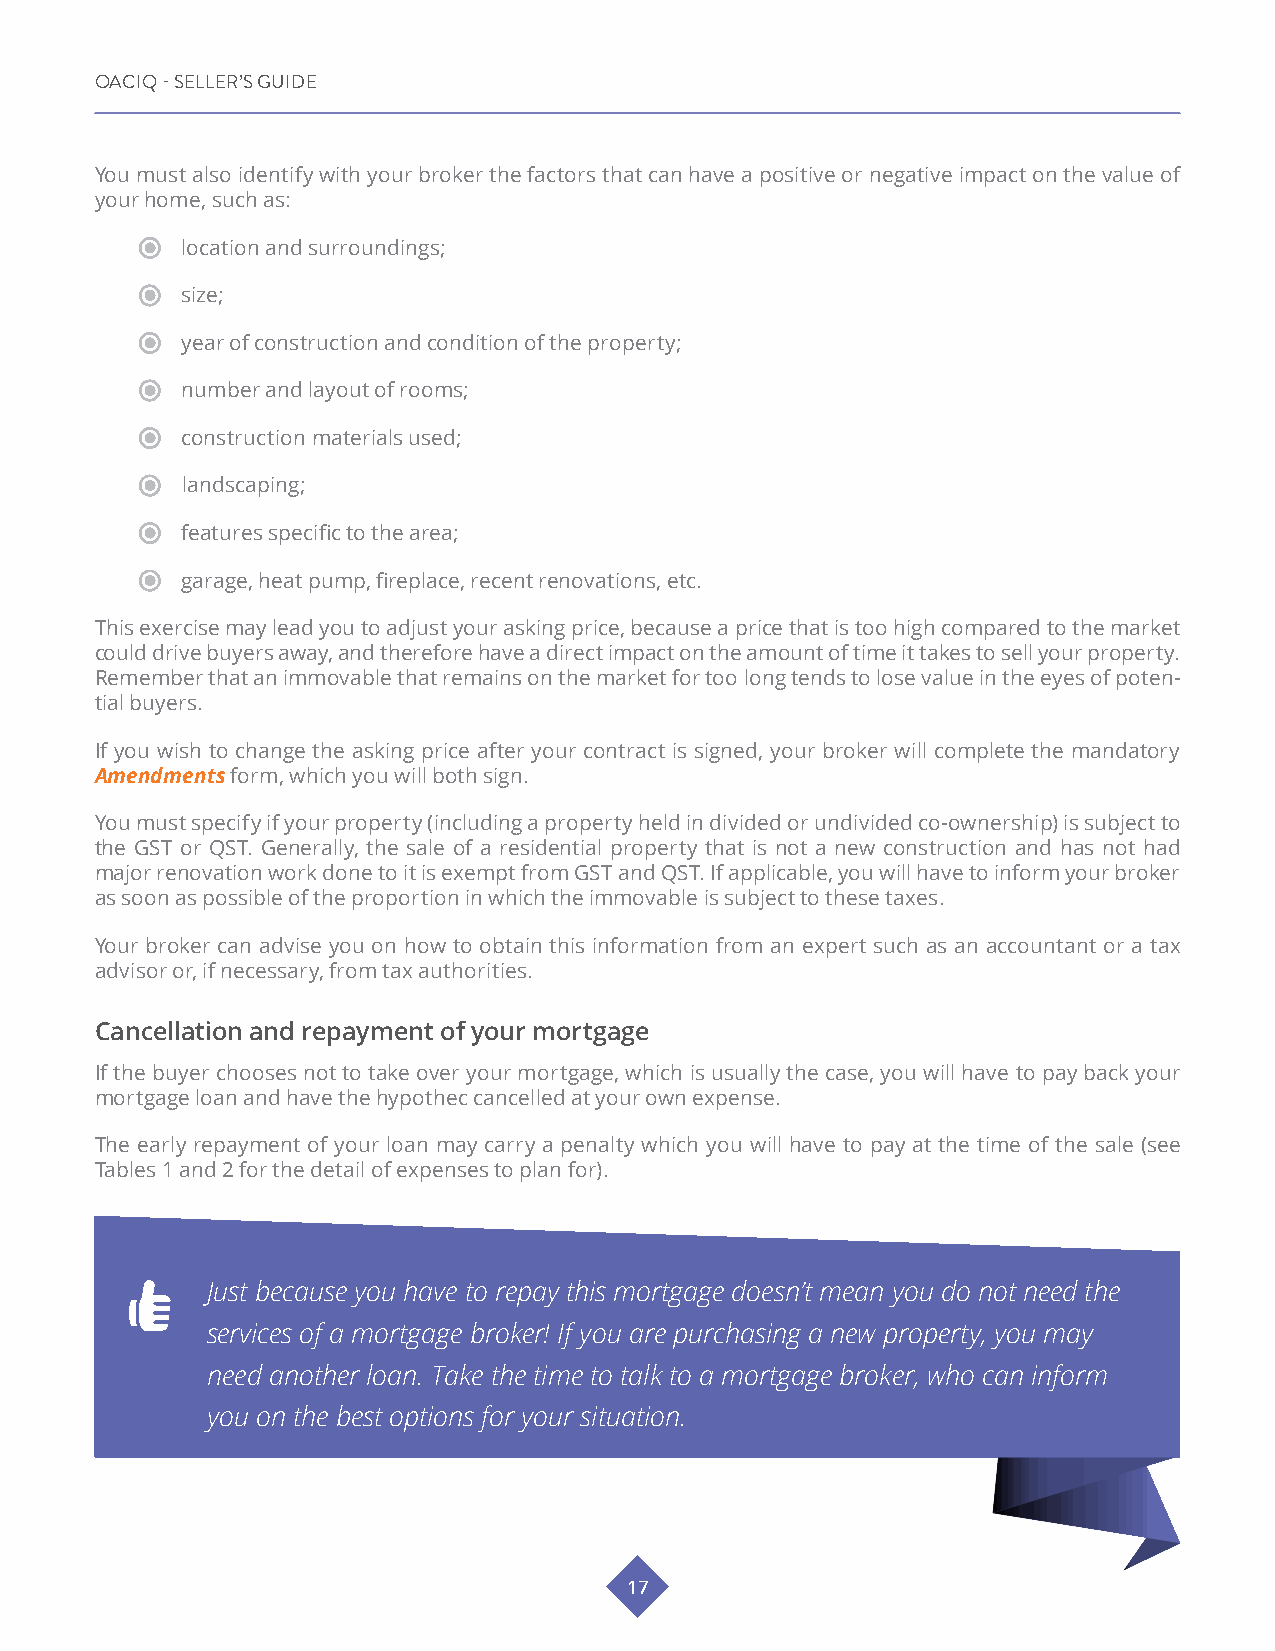
OACIQ - SELLER’S GUIDE
 You must also identify with your broker the factors that can have a positive or negative impact on the value of
 your home, such as:
 location and surroundings;
 size;
 year of construction and condition of the property;
 number and layout of rooms;
 construction materials used;
 landscaping;
 features specific to the area;
 garage, heat pump, fireplace, recent renovations, etc.
 This exercise may lead you to adjust your asking price, because a price that is too high compared to the market
 could drive buyers away, and therefore have a direct impact on the amount of time it takes to sell your property.
 Remember that an immovable that remains on the market for too long tends to lose value in the eyes of poten-
 tial buyers.
 If you wish to change the asking price after your contract is signed, your broker will complete the mandatory
 Amendments form, which you will both sign.
 You must specify if your property (including a property held in divided or undivided co-ownership) is subject to
 the GST or QST. Generally, the sale of a residential property that is not a new construction and has not had
 major renovation work done to it is exempt from GST and QST. If applicable, you will have to inform your broker
 as soon as possible of the proportion in which the immovable is subject to these taxes.
 Your broker can advise you on how to obtain this information from an expert such as an accountant or a tax
 advisor or, if necessary, from tax authorities.
 Cancellation and repayment of your mortgage
 If the buyer chooses not to take over your mortgage, which is usually the case, you will have to pay back your
 mortgage loan and have the hypothec cancelled at your own expense.
 The early repayment of your loan may carry a penalty which you will have to pay at the time of the sale (see
 Tables 1 and 2 for the detail of expenses to plan for).
 Just because you have to repay this mortgage doesn’t mean you do not need the
 services of a mortgage broker! If you are purchasing a new property, you may
 need another loan. Take the time to talk to a mortgage broker, who can inform
 you on the best options for your situation.
 17